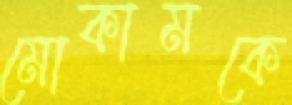
মোকামকে